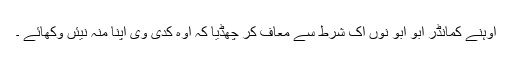
اوہنے کمانڈر ابو ابو نوں اک شرط سے معاف کر چھڈیا کہ اوہ کدی وی اپنا منہ نیئں وکھائے ۔